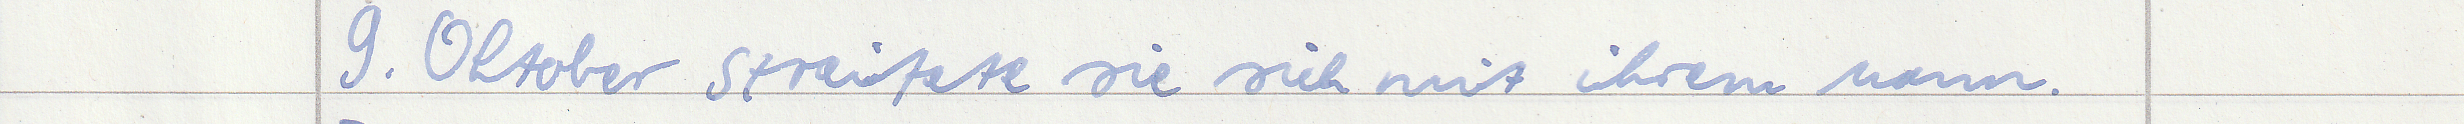
9. Oktober streitet sie sich mit ihrem Mann.